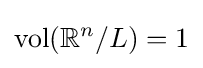
\operatorname {vol} (\mathbb {R} ^{n}/L)=1